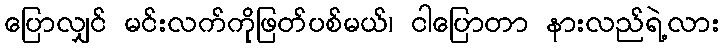
ပြောလျှင် မင်းလက်ကိုဖြတ်ပစ်မယ်၊ ငါပြောတာ နားလည်ရဲ့လား